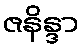
ဇနိန္ဒာ